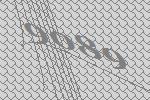
9089